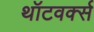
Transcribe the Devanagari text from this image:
थॉटवर्क्स